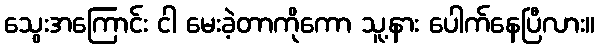
သွေးအကြောင်း ငါ မေးခဲ့တာကိုကော သူ့နား ပေါက်နေပြီလား။